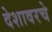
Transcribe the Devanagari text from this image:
देशावरचे